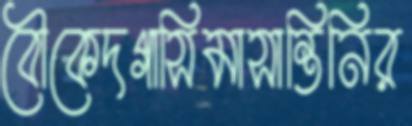
বৌকেদগাসিমাসান্তিনির